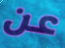
عن